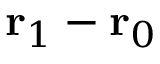
\mathbf { r } _ { 1 } - \mathbf { r } _ { 0 }